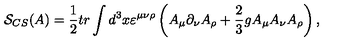
\mathcal { S } _ { C S } ( A ) = \frac 1 2 t r \int d ^ { 3 } x \varepsilon ^ { \mu \nu \rho } \left( A _ { \mu } \partial _ { \nu } A _ { \rho } + \frac 2 3 g A _ { \mu } A _ { \nu } A _ { \rho } \right) ,